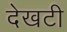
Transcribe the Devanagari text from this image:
देखटी